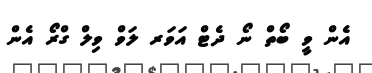
އެން ވީ ބޯތް ނޯ ދެޓް އަވަރ ލަވް ވިލް ގްރޯ އެން